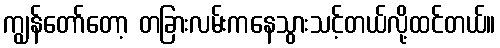
ကျွန်တော်တော့ တခြားလမ်းကနေသွားသင့်တယ်လို့ထင်တယ်။